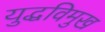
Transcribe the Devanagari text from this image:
युद्धविमुख